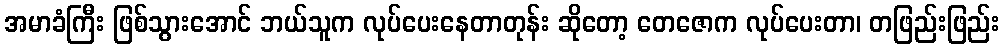
အမာခံကြီး ဖြစ်သွားအောင် ဘယ်သူက လုပ်ပေးနေတာတုန်း ဆိုတော့ တေဇောက လုပ်ပေးတာ၊ တဖြည်းဖြည်း